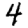
Digit: 4